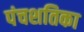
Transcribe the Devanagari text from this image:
पंचशतिका